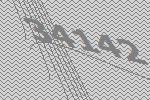
34142